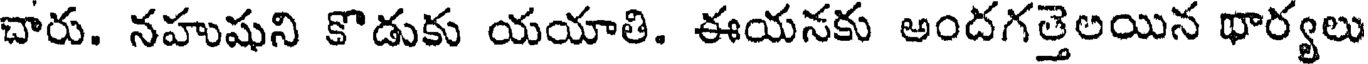
చారు. నహుషుని కొడుకు యయాతి. ఈయనకు అందగత్తెలయిన థార్యలు